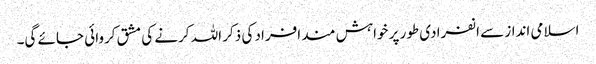
اسلامی انداز سے انفرادی طور پر خواہش مند افراد کی ذکر اللہ کرنے کی مشق کروائی جائے گی۔